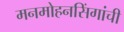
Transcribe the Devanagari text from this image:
मनमोहनसिंगांची